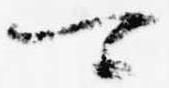
可